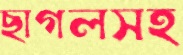
ছাগলসহ